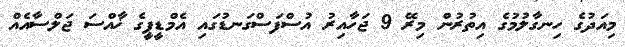
މިއަދުގެ ހިނގާލުމުގެ އިތުރުން މިރޭ 9 ޖަހާއިރު އުސްފަސްގަނޑުގައި އެމްޑީޕީގެ ޚާއްސަ ޖަލްސާއެއް